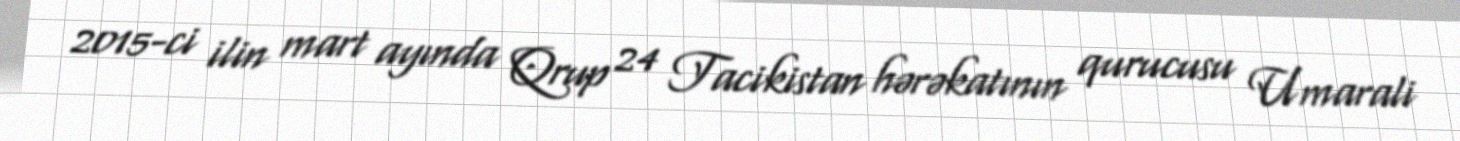
2015-ci ilin mart ayında Qrup 24 Tacikistan hərəkatının qurucusu Umarali